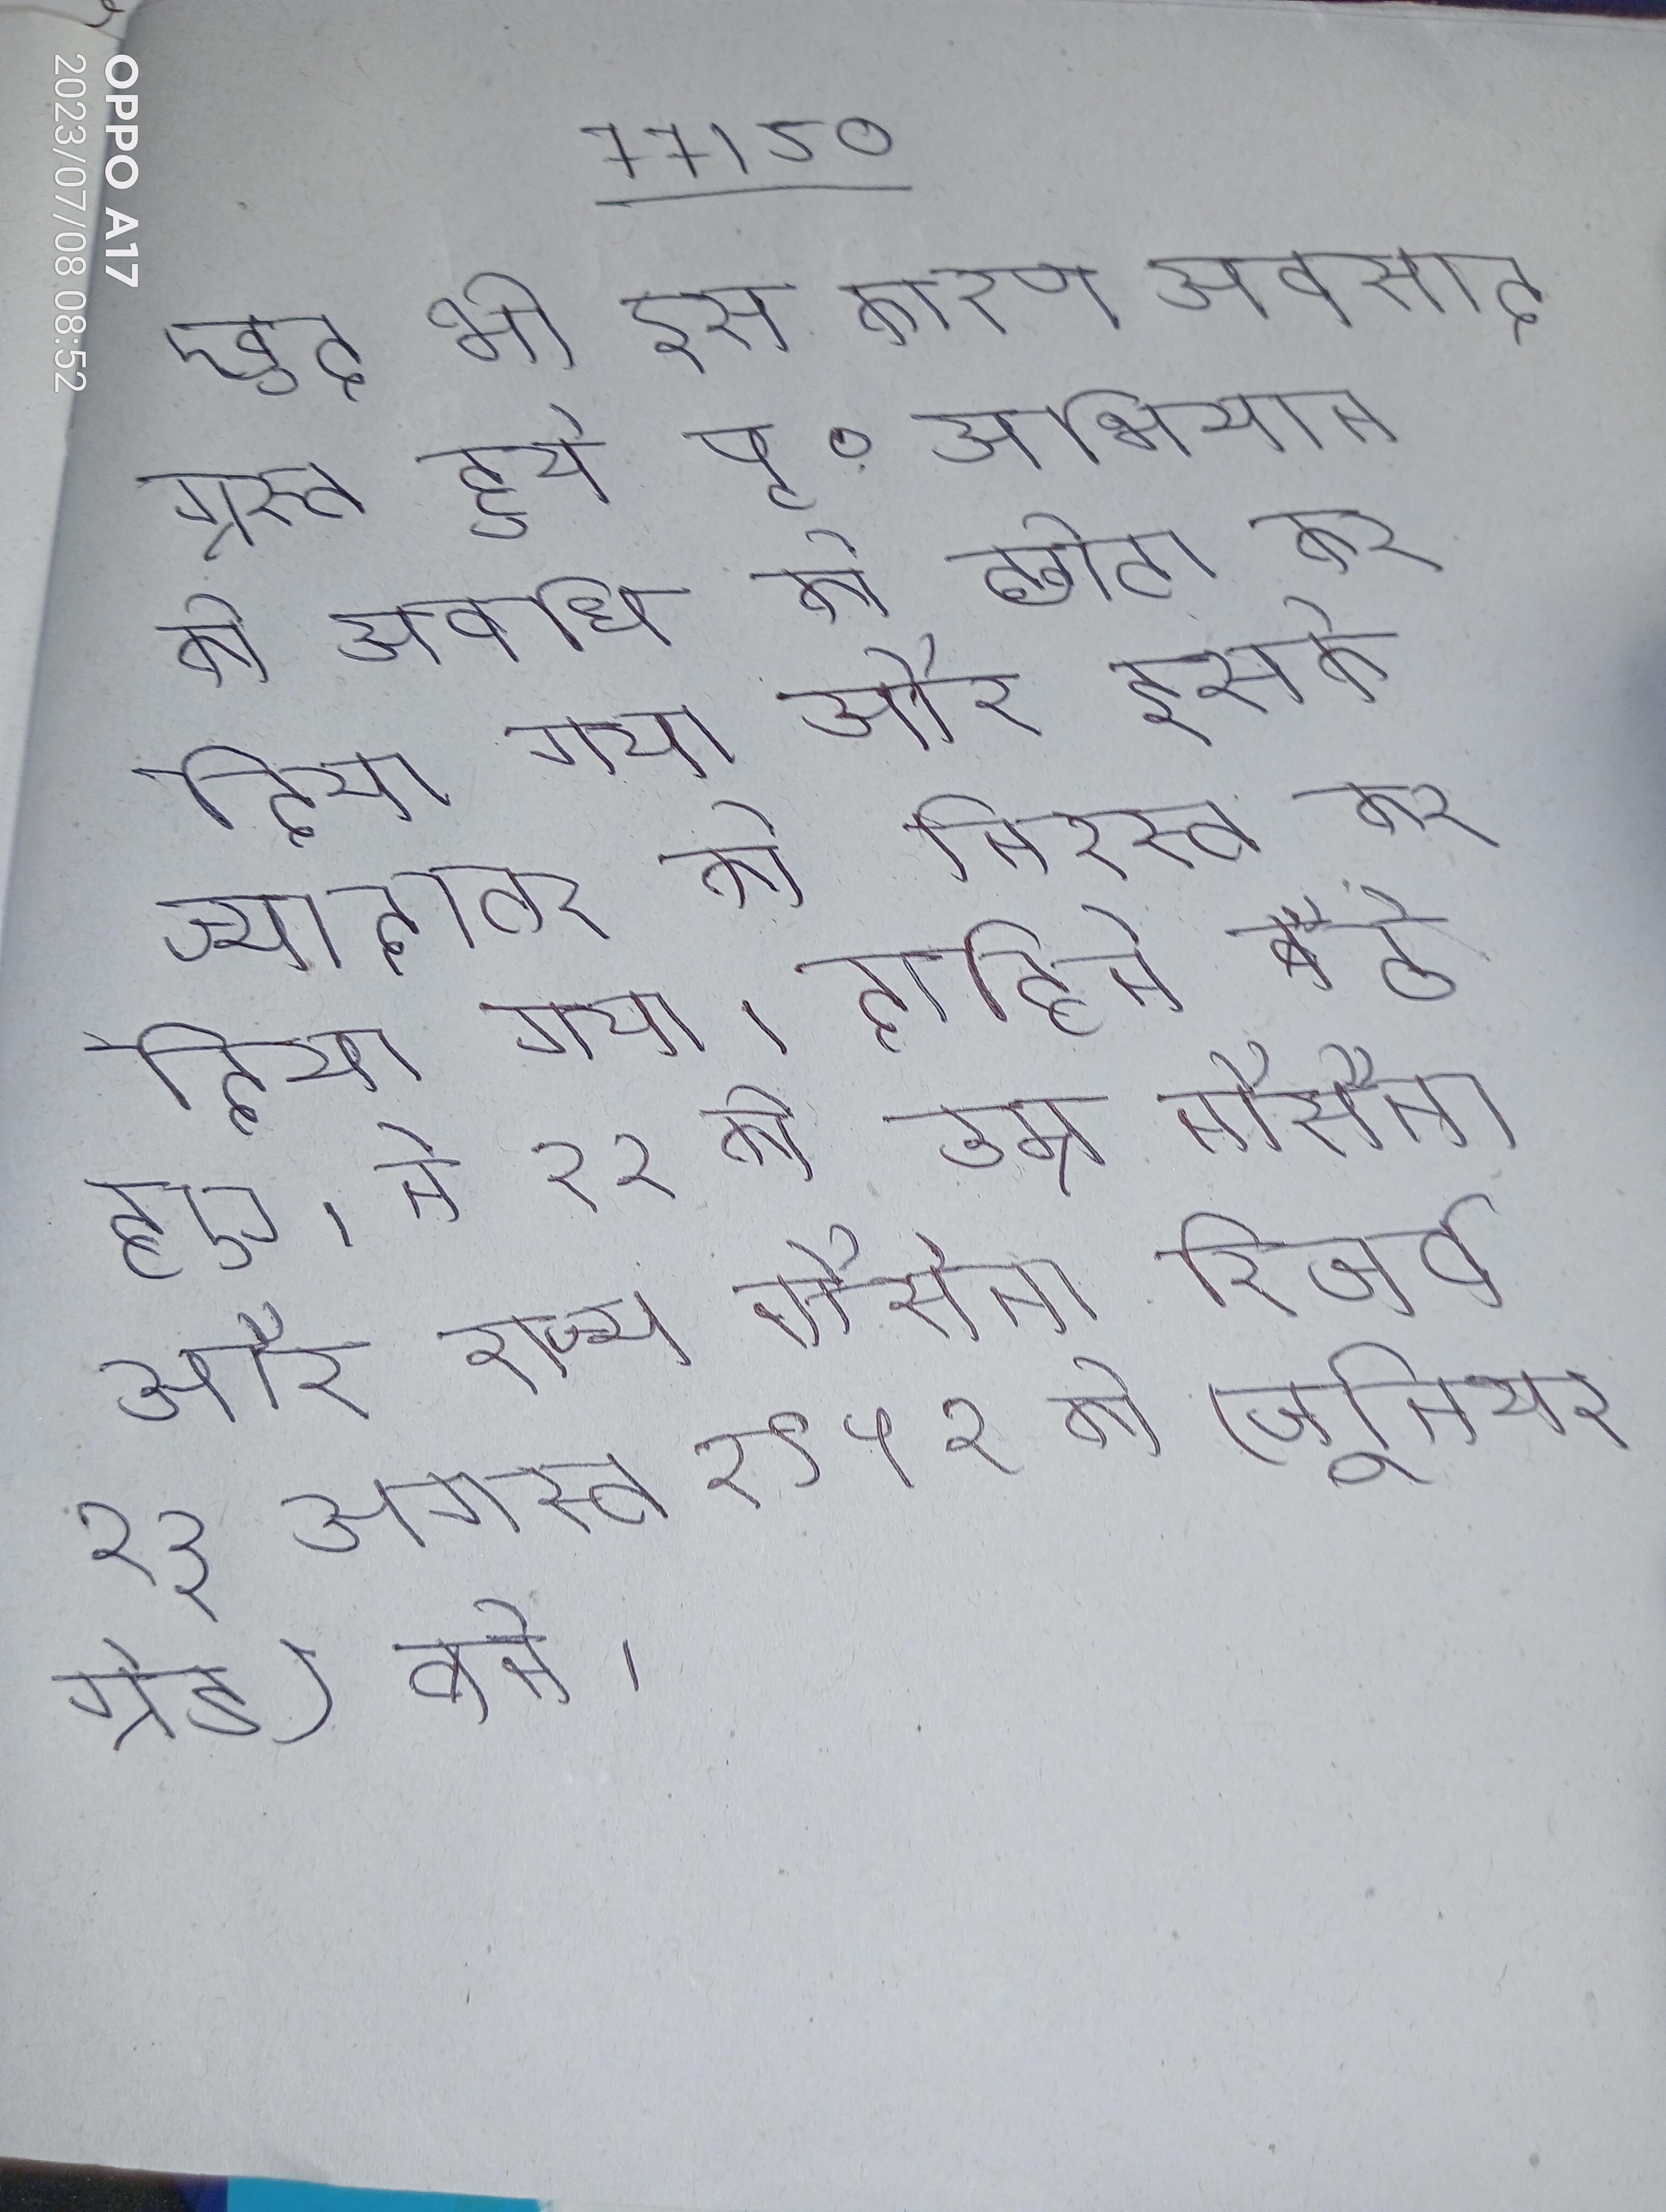
खुद भी इस कारण अवसादग्रस्त हुये पृ॰ अभियान की अवधि को छोटा कर दिया गया और इसके ज्यादातर को निरस्त कर दिया गया । दाहिने बैठे हुए । ने २२ की उम्र नौसेना और राज्य नौसेना रिजर्व २३ अगस्त १९५२ को (जूनियर ग्रेड) बने ।